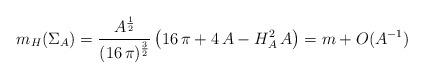
LaTeX: \begin{align*} m_H(\Sigma_A) = \frac{A^{\frac{1}{2}}}{ (16 \, \pi)^{\frac{3}{2}}} \left( 16 \, \pi + 4 \, A - H_A^2 \, A \right) = m + O (A^{-1})\end{align*}